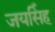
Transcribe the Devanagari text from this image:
जयसिँह